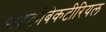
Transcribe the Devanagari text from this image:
माइकोबेकटीरियल